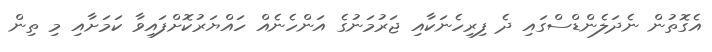
އެގޮތުން ނެދަލެންޑްސްގައި ދެ ފިރިހެނަކާއި ޖަރުމަނުގެ އަންހެނެއް ހައްޔަރުކޮށްފައިވާ ކަމަށާއި މި ތިން